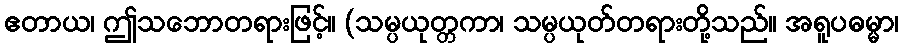
ဧတာယ၊ ဤသဘောတရားဖြင့်။ (သမ္ပယုတ္တကာ၊ သမ္ပယုတ်တရားတို့သည်။ အရူပဓမ္မာ၊